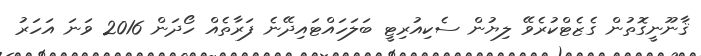
ޤާނޫނީގޮތުން ގެޒެޓްކުރެވޭ ލިޔުން ސެކިއުރިޓީ ބަލަހައްޓައިދޭނެ ފަރާތެއް ހޯދަން 2016 ވަނަ އަހަރު